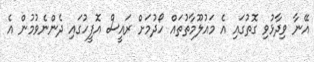
އޭނާ ވިދާޅުވި ގޮތުގައި އެ މައުލޫމާތުތައް ހޯދުމަށް ރައީސް އޮފީހުގައި ދެންނެވުމުން އެ